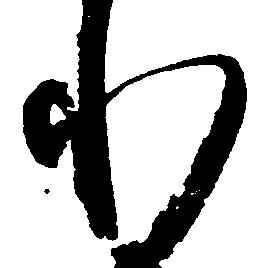
れ